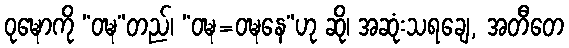
ဝုဍ္ဎောကို “ဝဍ္ဎ”တည်၊ “ဝဍ္ဎ=ဝဍ္ဎနေ”ဟု ဆို၊ အဆုံးသရချေ, အတီတေ